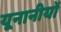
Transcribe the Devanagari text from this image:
यूनानीयों